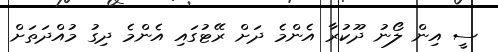
ސީ އިން ލޯނު ދޫކުރާ އެންމެ ދަށް ރޭޓުގައި އެންމެ ދިގު މުއްދަތަށް